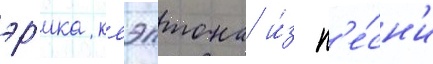
эр'ика клэптона и́з п'е́сн'и